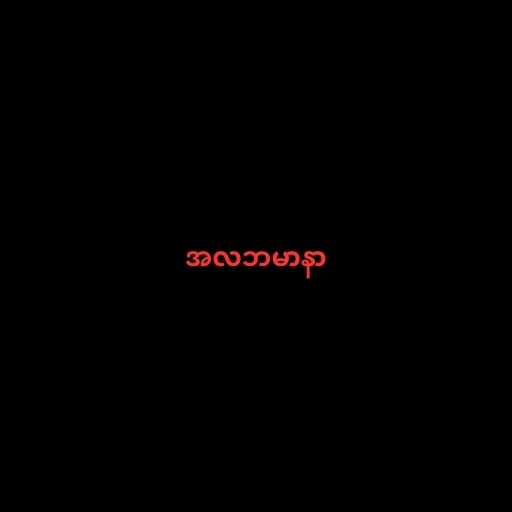
အလဘမာနာ